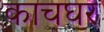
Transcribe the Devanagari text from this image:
काचघर